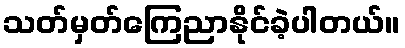
သတ်မှတ်ကြေညာနိုင်ခဲ့ပါတယ်။